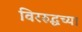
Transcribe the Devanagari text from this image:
विररुद्धच्या